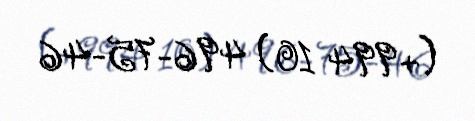
(+994 10) 496-75-46